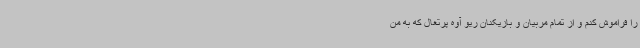
را فراموش کنم و از تمام مربیان و بازیکنان ریو آوه پرتغال که به من